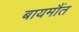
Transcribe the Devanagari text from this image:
बायमौंत